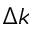
\Delta k